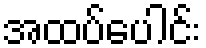
အထပ်ပေါင်း